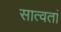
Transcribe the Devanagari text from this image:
सात्वतां